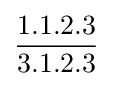
{\frac {1.1.2.3}{3.1.2.3}}